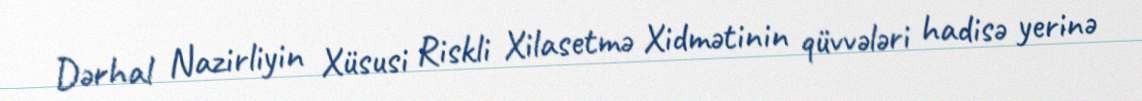
Dərhal Nazirliyin Xüsusi Riskli Xilasetmə Xidmətinin qüvvələri hadisə yerinə